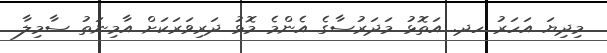
މިދިޔަ އަހަރު ހދ. އަތޮޅު މަދަރުސާގެ އެންމެ މޮޅު ދަރިވަރަކަށް އާމިނަތު ސާމިލާ